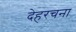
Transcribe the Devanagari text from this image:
देहरचना